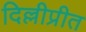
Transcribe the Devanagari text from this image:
दिल्लीप्रीत